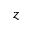
z